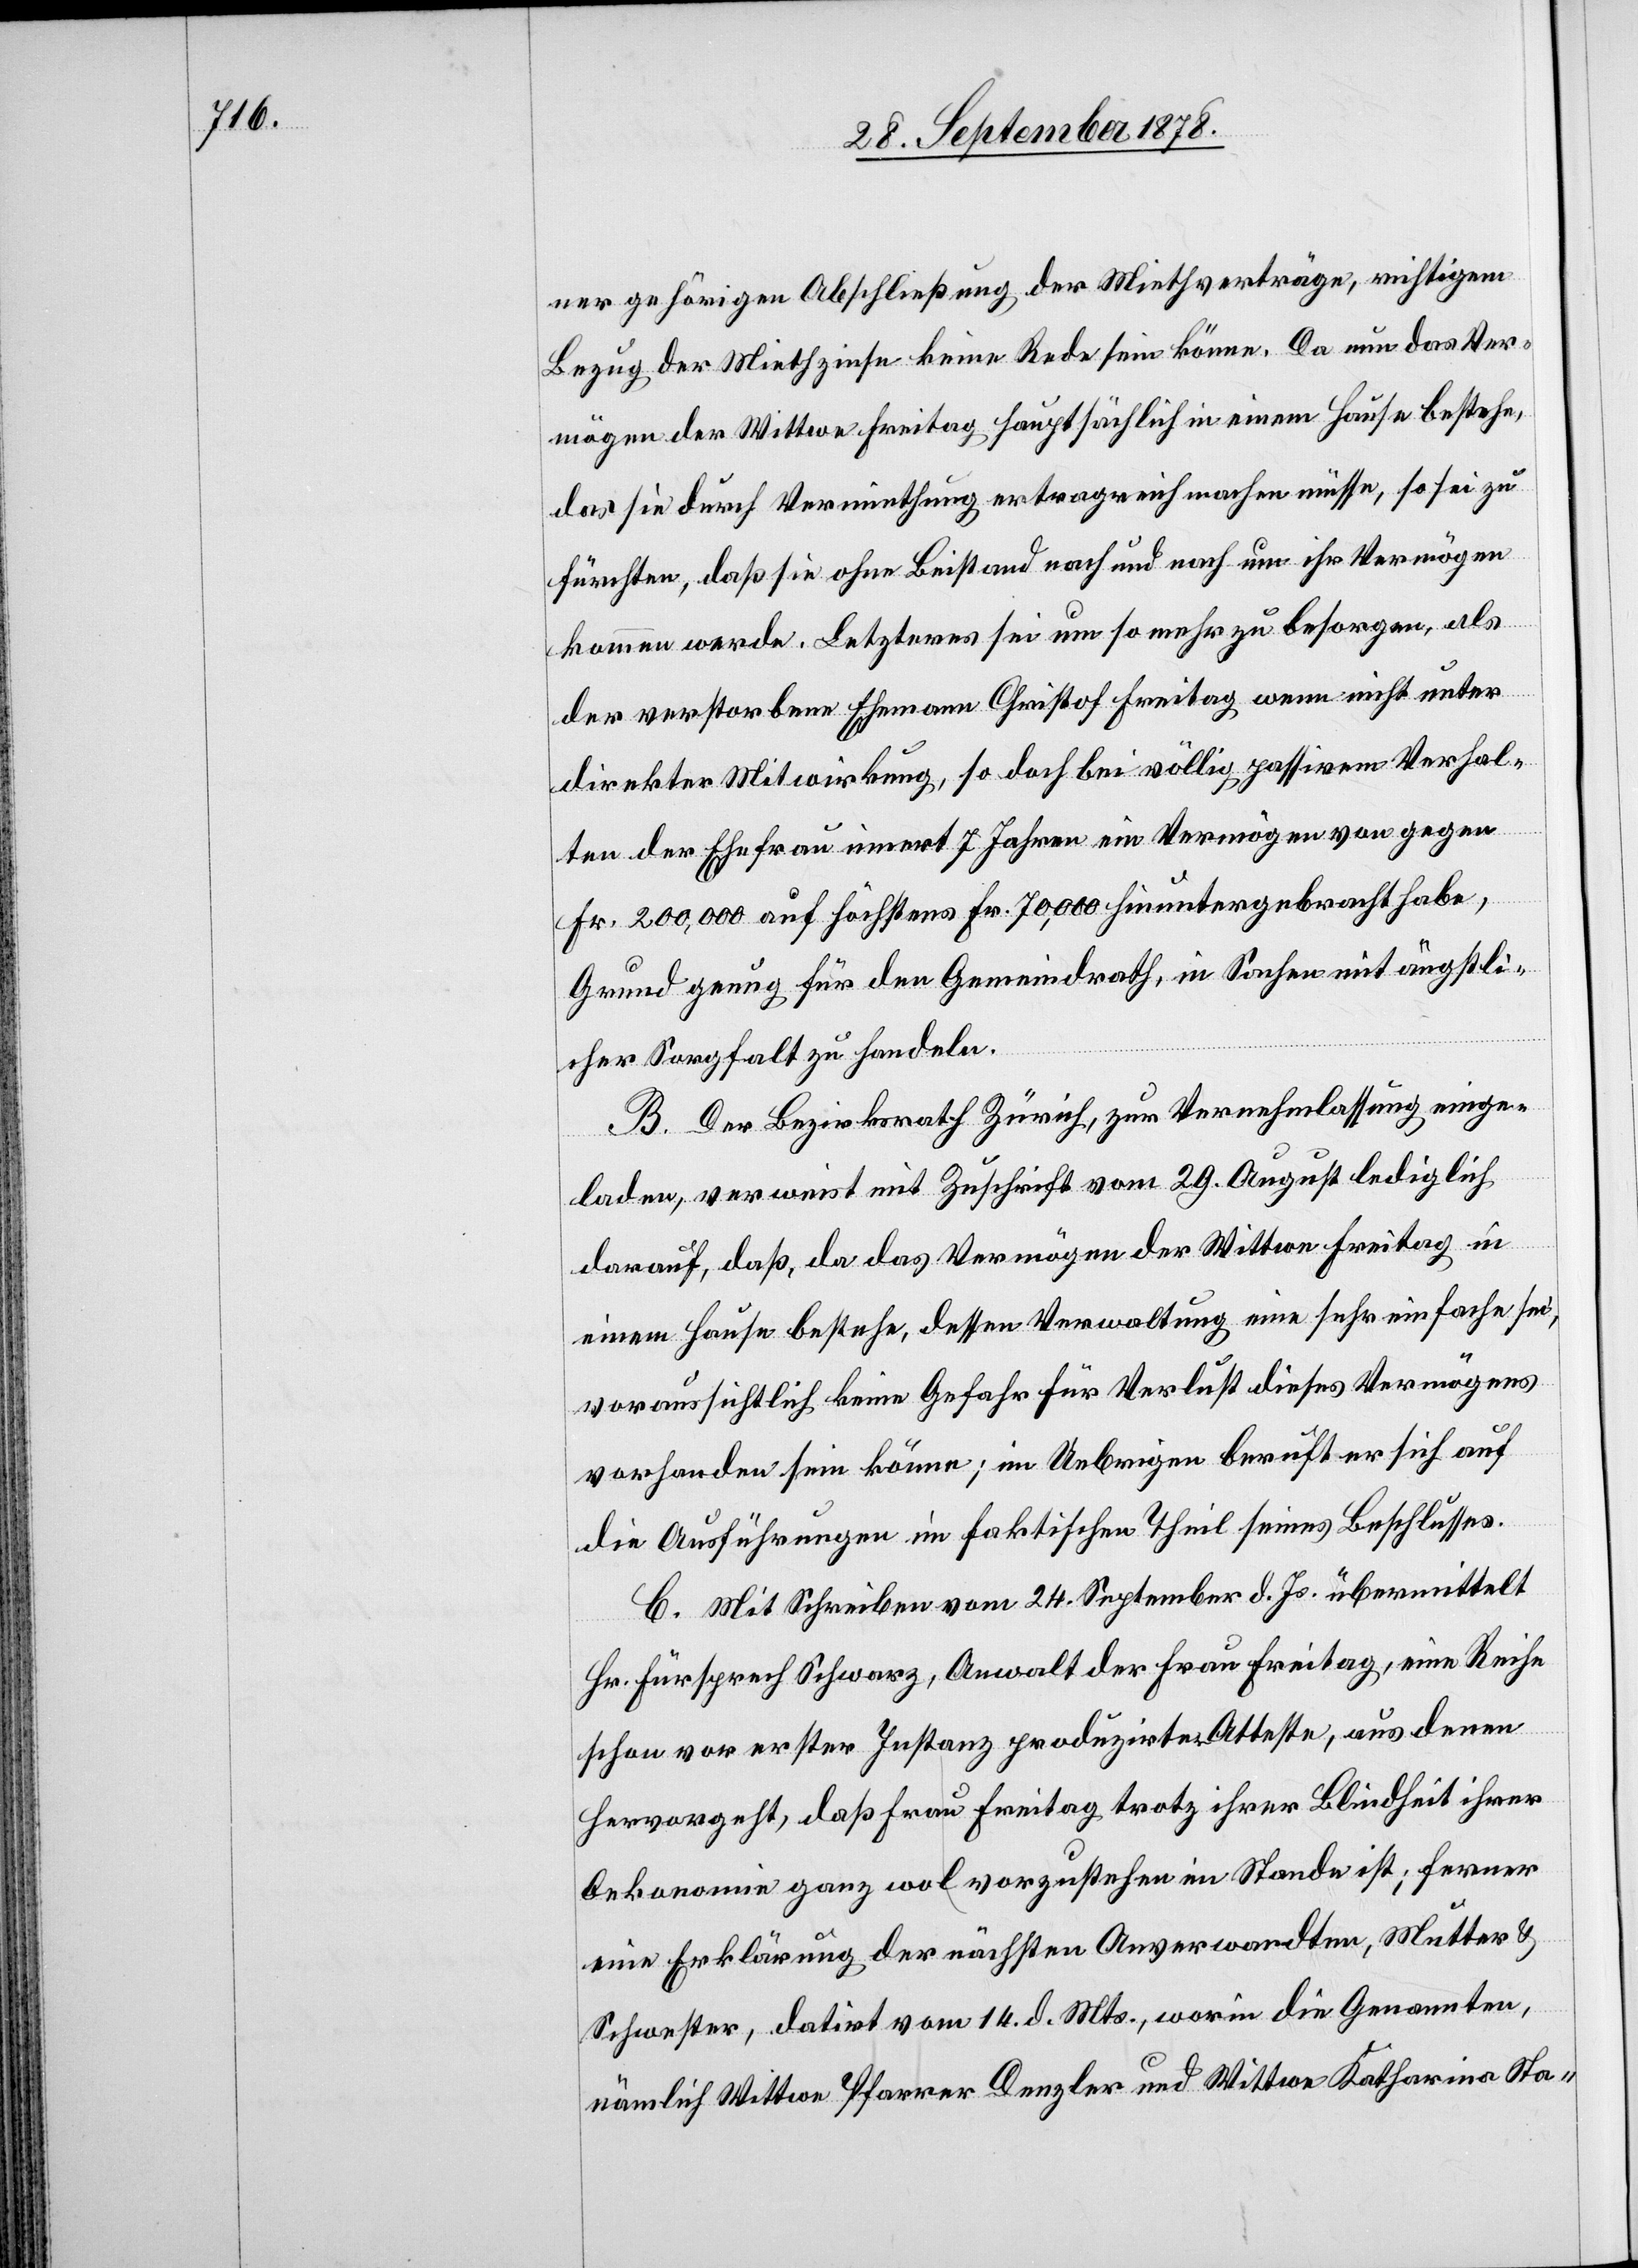
ner gehörigen Abschließung der Miethverträge, richtigem
Bezug der Miethzinse keine Rede sein könne. Da nun das Ver¬
mögen der Wittwe Freitag hauptsächlich in einem Hause bestehe,
das sie durch Vermiethung ertragreich machen müsse, so sei zu
fürchten, daß sie ohne Beistand nach und nach um ihr Vermögen
kommen werde. Letzteres sei um so mehr zu besorgen, als
der verstorbene Ehemann Christof Freitag wenn nicht unter
direkter Mitwirkung, so doch bei völlig passivem Verhal¬
ten der Ehefrau innert 7 Jahren ein Vermögen von gegen
Fr. 200,000 auf höchstens Fr. 70,000 hinuntergebracht habe,
Grund genug für den Gemeindrath, in Sachen mit ängstli¬
cher Sorgfalt zu handeln.
B. Der Bezirksrath Zürich, zur Vernehmlassung einge¬
laden, verweist mit Zuschrift vom 29. August lediglich
darauf, daß, da das Vermögen der Wittwe Freitag in
einem Hause bestehe, dessen Verwaltung eine sehr einfache sei,
voraussichtlich keine Gefahr für Verlust dieses Vermögens
vorhanden sein könne; im Uebrigen beruft er sich auf
die Ausführungen im faktischen Theil seines Beschlusses.
C. Mit Schreiben vom 24. September d. Js. übermittelt
Hr. Fürsprech Schwarz, Anwalt der Frau Freitag, eine Reihe
schon vor erster Instanz produzirte Atteste, aus denen
hervorgeht, daß Frau Freitag trotz ihrer Blindheit ihrer
Oekonomie ganz wol vorzustehen im Stande ist; ferner
eine Erklärung der nächsten Anverwandten, Mutter &
Schwester, datirt vom 14. d. Mts., worin die Genannten,
nämlich Wittwe Pfarrer Denzler und Wittwe Katharina Sta-